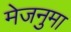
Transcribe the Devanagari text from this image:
मेजनुमा